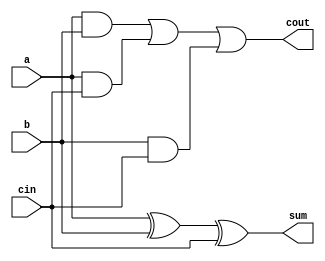
module full_adder(
    input a,
    input b,
    input cin,
    output reg sum,
    output reg cout
);

always @(*) begin
    sum = a ^ b ^ cin;
    cout = (a & b) | (a & cin) | (b & cin);
end

endmodule